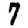
Digit: 7